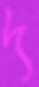
দ